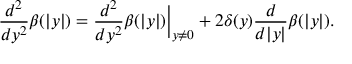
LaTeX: \frac { d ^ { 2 } } { d y ^ { 2 } } \beta ( | y | ) = \frac { d ^ { 2 } } { d y ^ { 2 } } \beta ( | y | ) \Big | _ { y \ne 0 } + 2 \delta ( y ) \frac { d } { d | y | } \beta ( | y | ) .